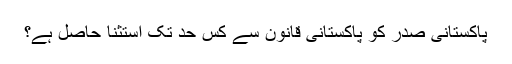
پاکستانی صدر کو پاکستانی قانون سے کس حد تک استثنا حاصل ہے؟